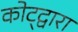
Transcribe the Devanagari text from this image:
कोट्द्वारा